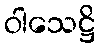
ဝါသေဋ္ဌိ